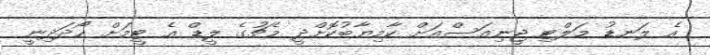
އެ ލަނޑު މަލްޓި ޖީނިއަސްއަށް ކާމިޔާބުކޮށްދީ މެޗުގެ ލީޑް އެ ޓީމަށް ހޯދަދިނީ